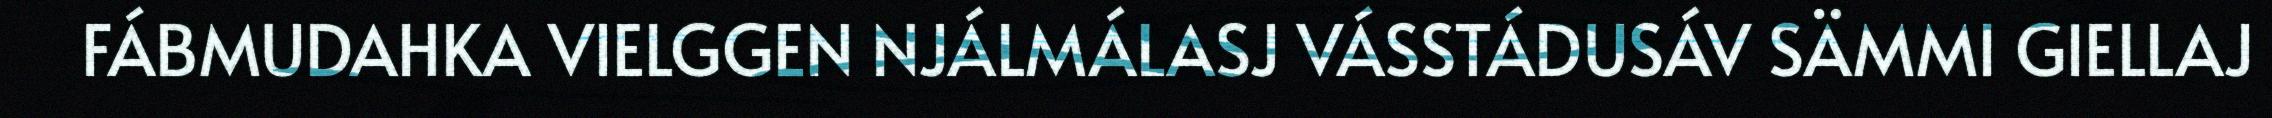
FÁBMUDAHKA VIELGGEN NJÁLMÁLASJ VÁSSTÁDUSÁV SÄMMI GIELLAJ